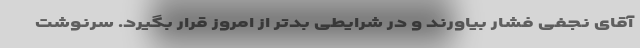
آقای نجفی فشار بیاورند و در شرایطی بدتر از امروز قرار بگیرد. سرنوشت